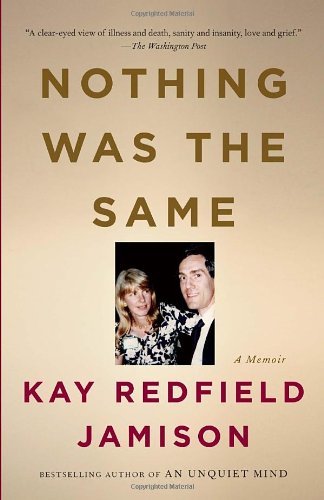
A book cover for Nothing Was the Same; Kay Redfield Jamison; Biographies & Memoirs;